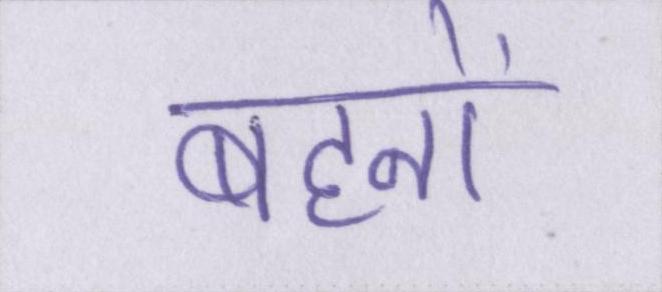
बहनों